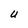
Character: U